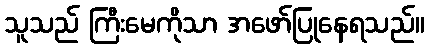
သူသည် ကြီးမေကိုသာ အဖော်ပြုနေရသည်။